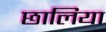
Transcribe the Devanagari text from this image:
छालिया